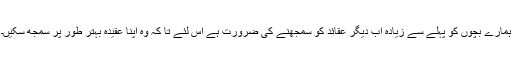
ہمارے بچوں کو پہلے سے زیادہ اب دیگر عقائد کو سمجھنے کی ضرورت ہے اس لئے تا کہ وہ اپنا عقیدہ بہتر طور پر سمجھ سکیں۔